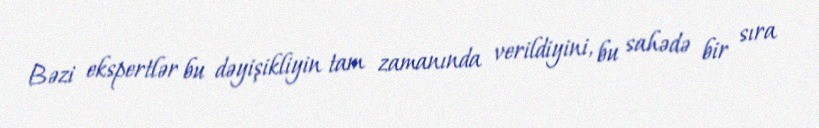
Bəzi ekspertlər bu dəyişikliyin tam zamanında verildiyini, bu sahədə bir sıra